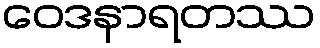
ဝေဒနာရတဿ